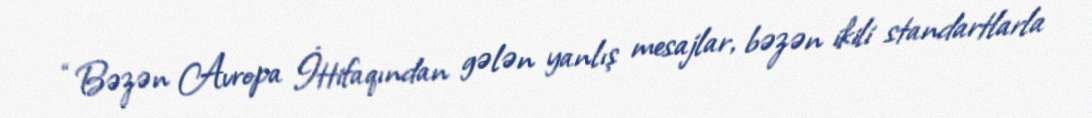
“Bəzən Avropa İttifaqından gələn yanlış mesajlar, bəzən ikili standartlarla